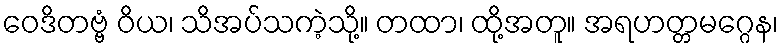
ဝေဒိတဗ္ဗံ ဝိယ၊ သိအပ်သကဲ့သို့။ တထာ၊ ထို့အတူ။ အရဟတ္တမဂ္ဂေန၊